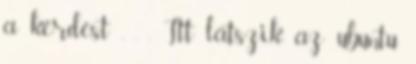
a kérdést . . . Itt látszik az ubuntu